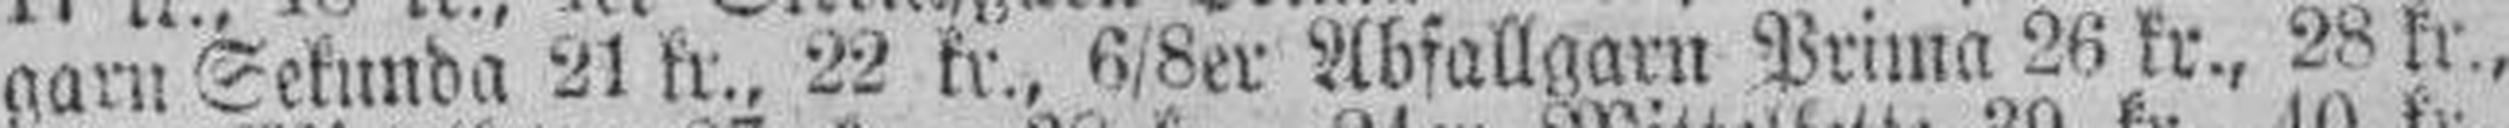
garn Sekunda 21 kr., 22 kr., 6/8er Abfallgarn Prima 26 kr., 28 kr.,